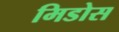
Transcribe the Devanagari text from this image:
मिडोस